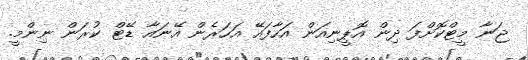
ޖަނާ މީޓްކޮށްފަ ދިން އޮޕީނިއަން އަހާފައޭ އަހަރެން އޭނައާ ޑޭޓް ކުރަން ނިންމީ.